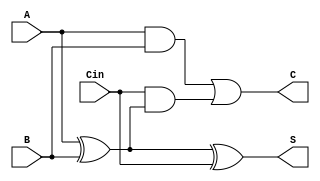
module DynamicCSA (
    input wire A,      // First operand
    input wire B,      // Second operand
    input wire Cin,    // Carry input
    output wire S,     // Sum output
    output wire C      // Carry output
);

// Intermediate signals for the carry generation
wire A_and_B;
wire A_xor_B;

// Calculate the partial sum and carry
assign A_xor_B = A ^ B;             // Partial sum
assign A_and_B = A & B;             // Carry from A and B
assign C = A_and_B | (Cin & A_xor_B); // Carry output
assign S = A_xor_B ^ Cin;           // Final sum output

endmodule